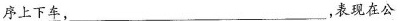
\underline{序上下车}，___，表现在公